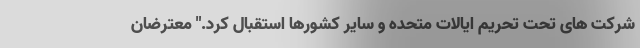
شرکت های تحت تحریم ایالات متحده و سایر کشورها استقبال کرد." معترضان